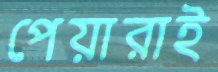
পেয়ারাই